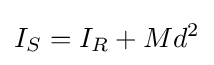
I_{S}=I_{R}+Md^{2}